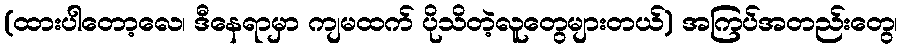
(ထားပါတော့လေ၊ ဒီနေရာမှာ ကျမထက် ပိုသိတဲ့လူတွေများတယ်) အကြပ်အတည်းတွေ၊